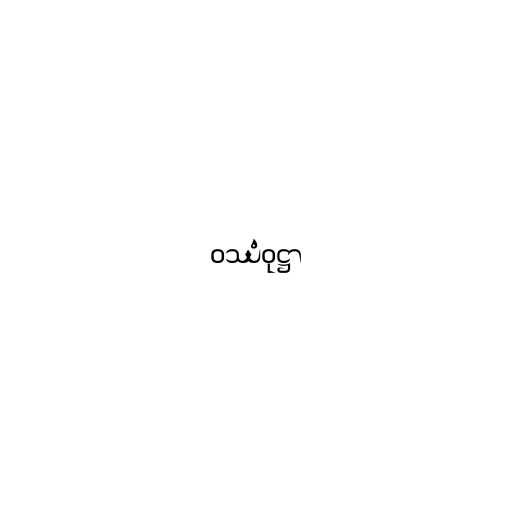
ဝဿံဝုဋ္ဌာ